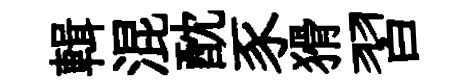
輯混酖豕猾習